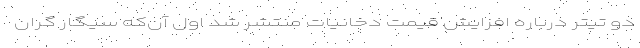
دو تیتر درباره افزایش قیمت دخانیات منتشر شد اول آن‌که سیگار گران